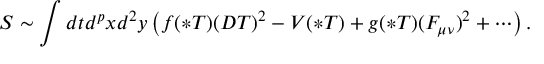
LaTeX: S \sim \int d t d ^ { p } x d ^ { 2 } y \left( f ( * T ) ( D T ) ^ { 2 } - V ( * T ) + g ( * T ) ( F _ { \mu \nu } ) ^ { 2 } + \cdots \right) .